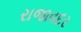
રાજાવદર